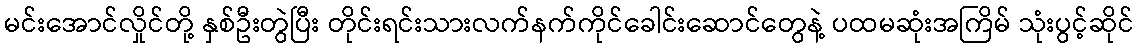
မင်းအောင်လှိုင်တို့ နှစ်ဦးတွဲပြီး တိုင်းရင်းသားလက်နက်ကိုင်ခေါင်းဆောင်တွေနဲ့ ပထမဆုံးအကြိမ် သုံးပွင့်ဆိုင်